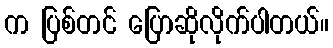
က ပြစ်တင် ပြောဆိုလိုက်ပါတယ်။